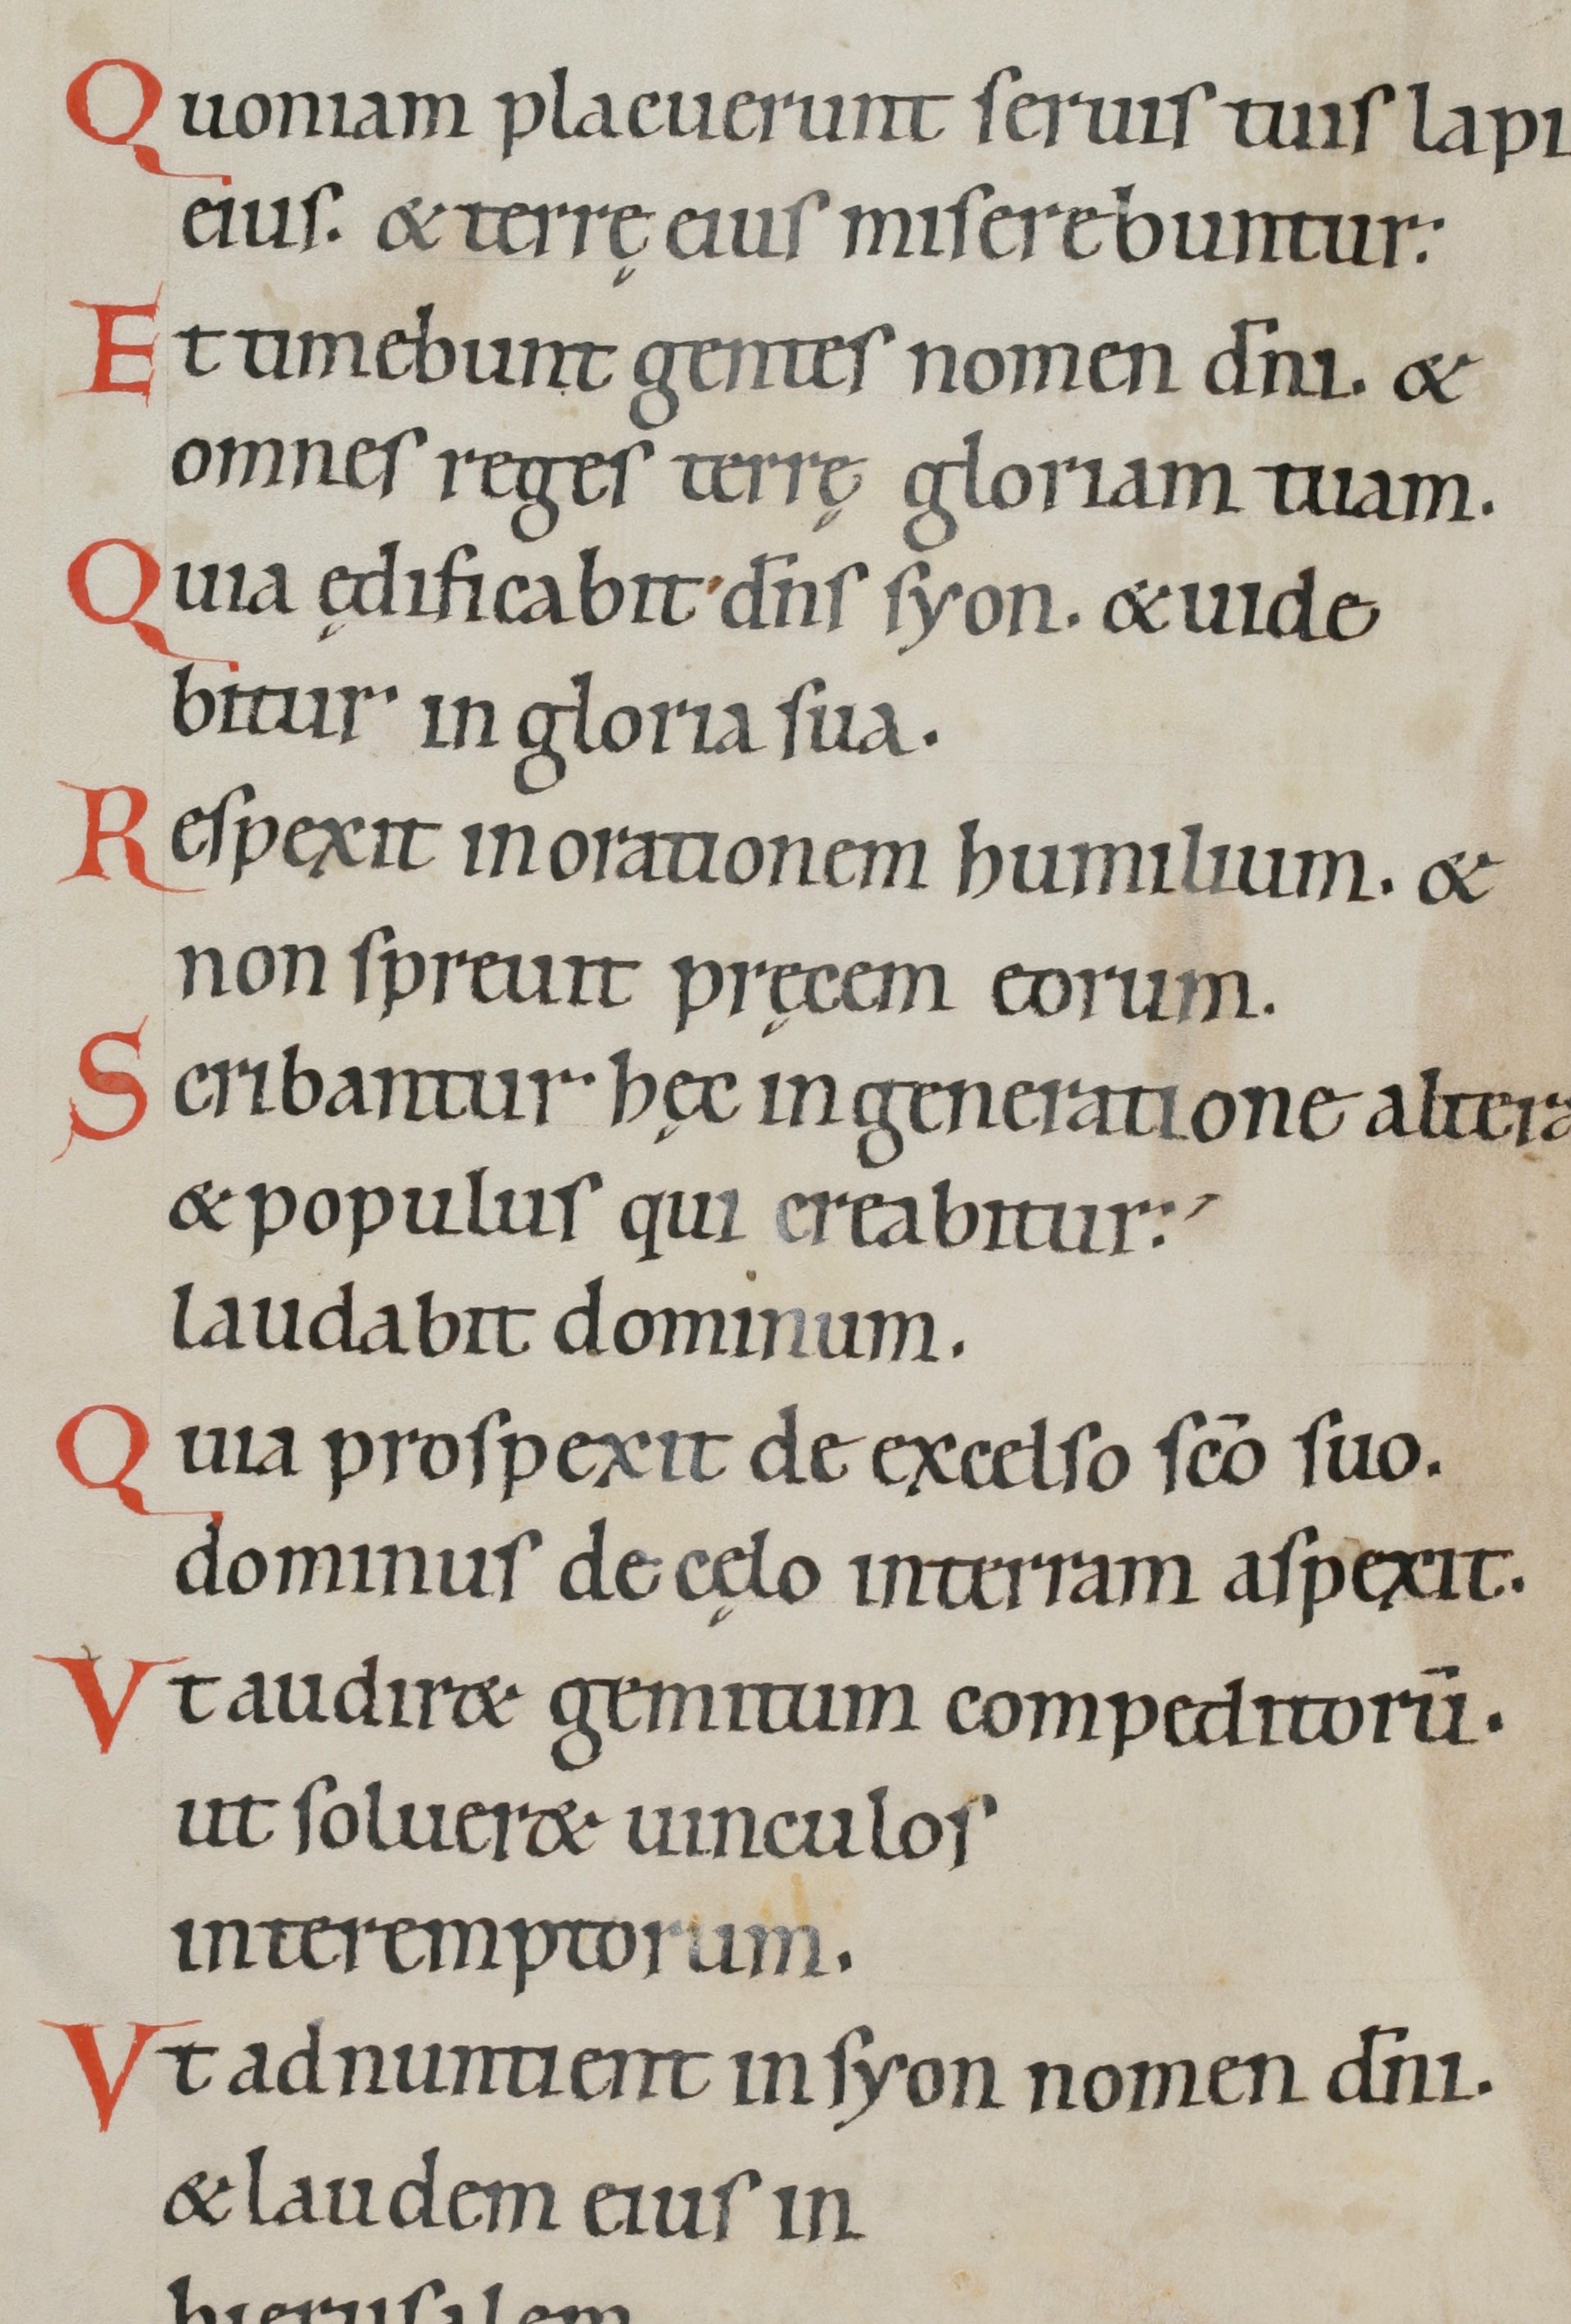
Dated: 800–845